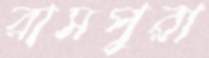
রামপুরা